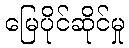
မြေပိုင်ဆိုင်မှု